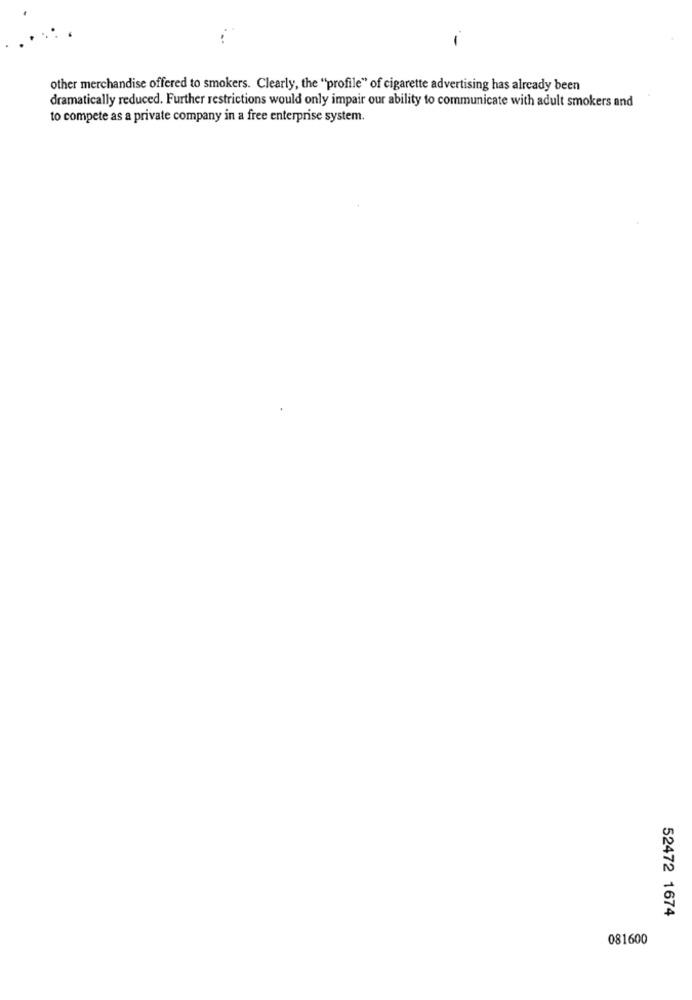
-
other merchandise offered to smokers. Clearly, the "profile" of cigarette advertising has already been
dramatically reduced. Further restrictions would only impair our ability to communicate with adult smokers and
to compete as a private company in a free enterprise system.
52472 1674
081600